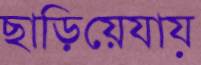
ছাড়িয়েযায়